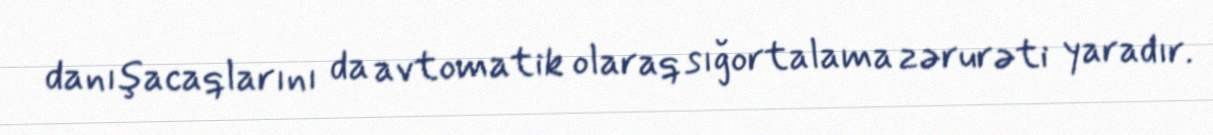
danışacaqlarını da avtomatik olaraq sığortalama zərurəti yaradır.